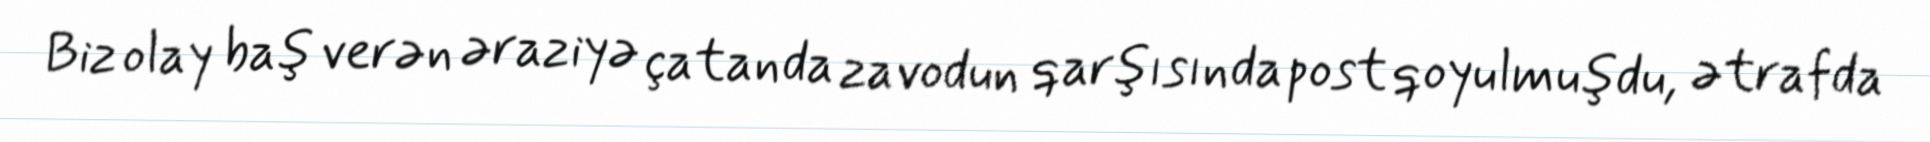
Biz olay baş verən əraziyə çatanda zavodun qarşısında post qoyulmuşdu, ətrafda